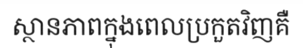
ស្ថានភាពក្នុងពេលប្រកួតវិញគឺ